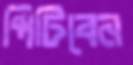
পিটিবেন